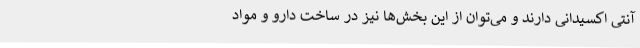
آنتی اکسیدانی دارند و می‌توان از این بخش‌ها نیز در ساخت دارو و مواد